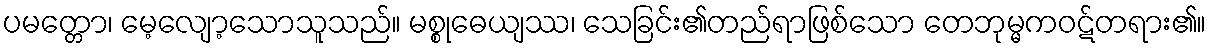
ပမတ္တော၊ မေ့လျော့သောသူသည်။ မစ္စုဓေယျဿ၊ သေခြင်း၏တည်ရာဖြစ်သော တေဘုမ္မကဝဋ်တရား၏။